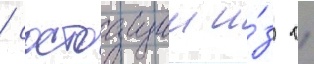
/ состоащии и́з 11